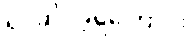
ရင်ဆိုင်ခဲ့ရကြောင်း